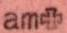
am+